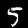
Label: 5